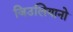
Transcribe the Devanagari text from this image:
जिउलियानो